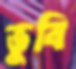
ভুবি